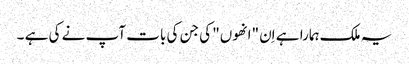
یہ ملک ہمارا ہے اِن "انھوں" کی جن کی بات آپ نے کی ہے ۔